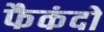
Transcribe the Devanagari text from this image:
फैकंदो